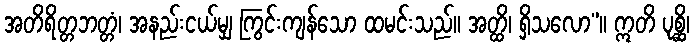
အတိရိတ္တဘတ္တံ၊ အနည်းငယ်မျှ ကြွင်းကျန်သော ထမင်းသည်။ အတ္ထိ၊ ရှိသလော”။ ဣတိ ပုစ္ဆိ၊